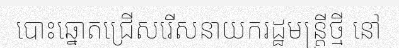
បោះឆ្នោតជ្រើសរើសនាយករដ្ឋមន្ត្រីថ្មី នៅ